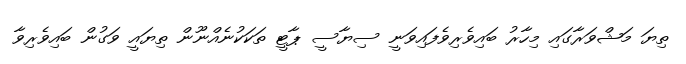
ތިޔަ މަޝްވަރާގައި މިހާރު ބައިވެރިވެފައިވަނީ ސިޔާސީ ޕާޓީ ތަކަކުނެއްނޫން ތިޔައީ ވަގުން ބައިވެރިވާ